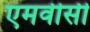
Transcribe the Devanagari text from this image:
एमवीसी